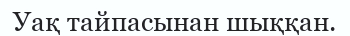
Уақ тайпасынан шыққан.